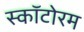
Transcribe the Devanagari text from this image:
स्कॉटोरम